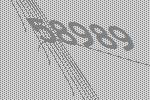
58989